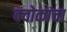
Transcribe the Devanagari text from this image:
क्वोकाचा